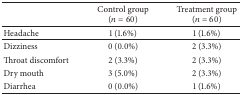
|  | Control group (n = 60) | Treatment group (n = 60) |
 | --- | --- | --- |
 | Headache | 1 (1.6%) | 1 (1.6%) |
 | Dizziness | 0 (0.0%) | 2 (3.3%) |
 | Throat discomfort | 2 (3.3%) | 2 (3.3%) |
 | Dry mouth | 3 (5.0%) | 2 (3.3%) |
 | Diarrhea | 0 (0.0%) | 1 (1.6%) |